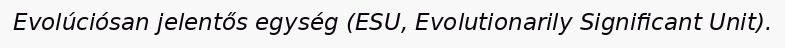
Evolúciósan jelentős egység (ESU, Evolutionarily Significant Unit).